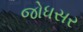
જોધસર